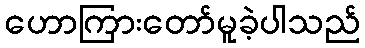
ဟောကြားတော်မူခဲ့ပါသည်